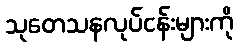
သုတေသနလုပ်ငန်းများကို